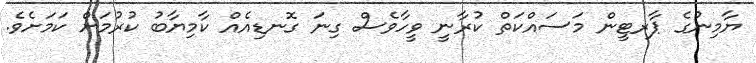
ޔާމިނުގެ ޕާރޓީން މަސައްކަތް ކުރާނީ ވީހާވެސް ގިނަ ގޮނޑިއެއް ކާމިޔާބު ކުރުމަށް ކަމަށެވެ.